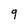
Character: 9